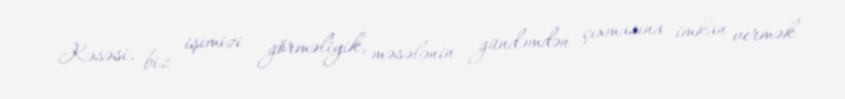
Kəsəsi, biz işimizi görməliyik, məsələnin gündəmdən çıxmasına imkan vermək